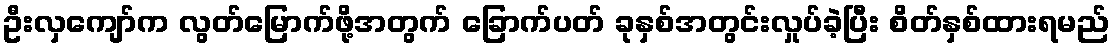
ဦးလှကျော်က လွတ်မြောက်ဖို့အတွက် ခြောက်ပတ် ခုနှစ်အတွင်းလှုပ်ခဲ့ပြီး စိတ်နှစ်ထားရမည်